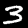
Digit: 3